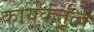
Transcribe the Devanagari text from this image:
कार्यकर्तृत्व